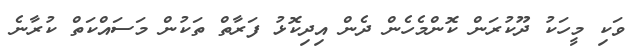
ވަކި މީހަކު ދޫކުރަން ކޮންމެހެން ދެން އިދިކޮޅު ފަރާތް ތަކުން މަސައްކަތް ކުރާނެ